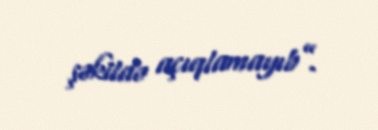
şəkildə açıqlamayıb”.